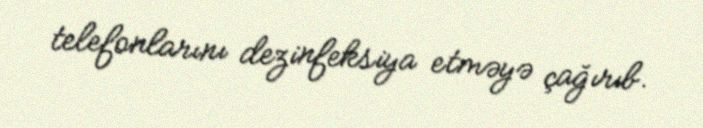
telefonlarını dezinfeksiya etməyə çağırıb.